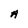
Character: A